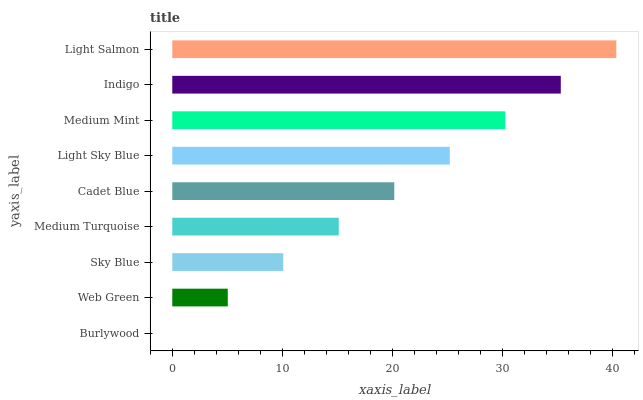
| yaxis_label | bars |
 | --- | --- |
 | Burlywood | 0 |
 | Web Green | 5.05 |
 | Sky Blue | 10.1 |
 | Medium Turquoise | 15.1 |
 | Cadet Blue | 20.2 |
 | Light Sky Blue | 25.2 |
 | Medium Mint | 30.3 |
 | Indigo | 35.3 |
 | Light Salmon | 40.4 |